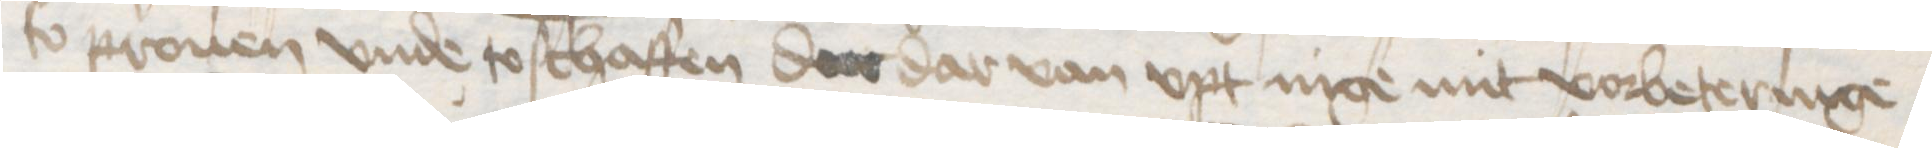
so prouen vnde to schaffen der dar van vpt nige mit vorbeteringe